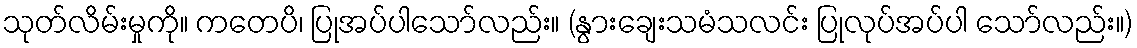
သုတ်လိမ်းမှုကို။ ကတေပိ၊ ပြုအပ်ပါသော်လည်း။ (နွားချေးသမံသလင်း ပြုလုပ်အပ်ပါ သော်လည်း။)